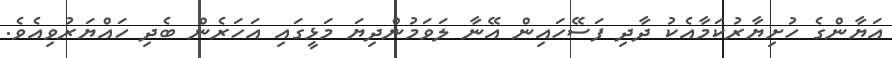
އަޔާންގެ ހުށިޔާރުކަމާއެކު ދާދި ފަސޭހައިން އޭނާ ލަވަމުންދިޔަ މަޅީގައި އަހަރެން ބެދި ހައްޔަރުވިއެވެ.